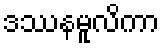
ဒဿနမူလိကာ